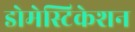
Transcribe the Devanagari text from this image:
डोमेस्टिकेशन